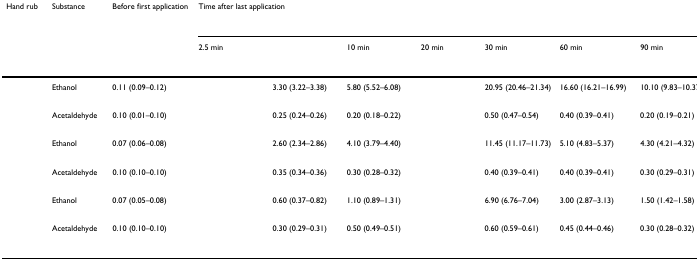
<table><thead><tr><td><b>Hand rub</b></td><td><b>Substance</b></td><td><b>Before first application</b></td><td colspan="7"><b>Time after last application</b></td></tr><tr><td>[EMPTY_CELL]</td><td>[EMPTY_CELL]</td><td>[EMPTY_CELL]</td><td><b>2.5 min</b></td><td>[EMPTY_CELL]</td><td><b>10 min</b></td><td><b>20 min</b></td><td><b>30 min</b></td><td><b>60 min</b></td><td><b>90 min</b></td></tr></thead><tbody><tr><td>[EMPTY_CELL]</td><td>Ethanol</td><td>0.11 (0.09–0.12)</td><td>[EMPTY_CELL]</td><td>3.30 (3.22–3.38)</td><td>5.80 (5.52–6.08)</td><td>[EMPTY_CELL]</td><td>20.95 (20.46–21.34)</td><td>16.60 (16.21–16.99)</td><td>10.10 (9.83–10.37)</td></tr><tr><td>[EMPTY_CELL]</td><td>Acetaldehyde</td><td>0.10 (0.01–0.10)</td><td>[EMPTY_CELL]</td><td>0.25 (0.24–0.26)</td><td>0.20 (0.18–0.22)</td><td>[EMPTY_CELL]</td><td>0.50 (0.47–0.54)</td><td>0.40 (0.39–0.41)</td><td>0.20 (0.19–0.21)</td></tr><tr><td>[EMPTY_CELL]</td><td>Ethanol</td><td>0.07 (0.06–0.08)</td><td>[EMPTY_CELL]</td><td>2.60 (2.34–2.86)</td><td>4.10 (3.79–4.40)</td><td>[EMPTY_CELL]</td><td>11.45 (11.17–11.73)</td><td>5.10 (4.83–5.37)</td><td>4.30 (4.21–4.32)</td></tr><tr><td>[EMPTY_CELL]</td><td>Acetaldehyde</td><td>0.10 (0.10–0.10)</td><td>[EMPTY_CELL]</td><td>0.35 (0.34–0.36)</td><td>0.30 (0.28–0.32)</td><td>[EMPTY_CELL]</td><td>0.40 (0.39–0.41)</td><td>0.40 (0.39–0.41)</td><td>0.30 (0.29–0.31)</td></tr><tr><td>[EMPTY_CELL]</td><td>Ethanol</td><td>0.07 (0.05–0.08)</td><td>[EMPTY_CELL]</td><td>0.60 (0.37–0.82)</td><td>1.10 (0.89–1.31)</td><td>[EMPTY_CELL]</td><td>6.90 (6.76–7.04)</td><td>3.00 (2.87–3.13)</td><td>1.50 (1.42–1.58)</td></tr><tr><td>[EMPTY_CELL]</td><td>Acetaldehyde</td><td>0.10 (0.10–0.10)</td><td>[EMPTY_CELL]</td><td>0.30 (0.29–0.31)</td><td>0.50 (0.49–0.51)</td><td>[EMPTY_CELL]</td><td>0.60 (0.59–0.61)</td><td>0.45 (0.44–0.46)</td><td>0.30 (0.28–0.32)</td></tr></tbody></table>